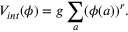
V _ { i n t } ( \phi ) = g \sum _ { a } ( \phi ( a ) ) ^ { r } .